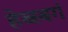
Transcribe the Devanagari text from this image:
हेब्स्बर्ग